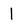
Character: l